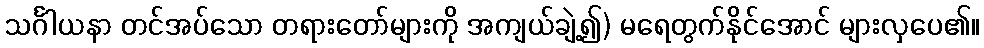
သင်္ဂါယနာ တင်အပ်သော တရားတော်များကို အကျယ်ချဲ့၍) မရေတွက်နိုင်အောင် များလှပေ၏။